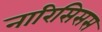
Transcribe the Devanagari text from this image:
नारिसिसस